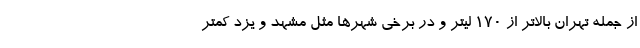
از جمله تهران بالاتر از ۱۷۰ لیتر و در برخی شهرها مثل مشهد و یزد کمتر